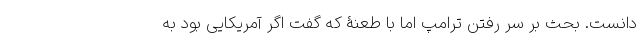
دانست. بحث بر سر رفتن ترامپ اما با طعنۀ که گفت اگر آمریکایی بود به